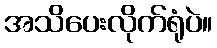
အသိပေးလိုက်ရုံပဲ။